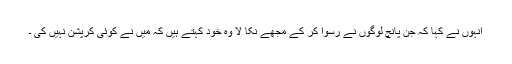
انہوں نے کہا کہ جن پانچ لوگوں نے رسوا کر کے مجھے نکا لا وہ خود کہتے ہیں کہ میں نے کوئی کرپشن نہیں کی ۔